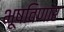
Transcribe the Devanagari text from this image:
भूषविणार